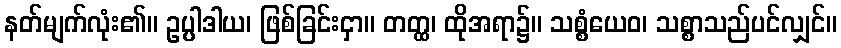
နတ်မျက်လုံး၏။ ဥပ္ပါဒါယ၊ ဖြစ်ခြင်းငှာ။ တတ္ထ၊ ထိုအရာ၌။ သစ္စံယေဝ၊ သစ္စာသည်ပင်လျှင်။